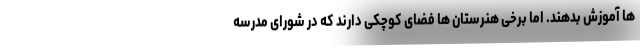
ها آموزش بدهند. اما برخی هنرستان ها فضای کوچکی دارند که در شورای مدرسه